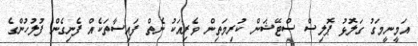
އަމީނީމަގު ގަލޮޅު ޕޮލިސް ސްޓޭޝަން ކުރިމަތިން ވެރިއަކު ނެތް ފައިސާތަކެއް ފެނިގެން ފުލުހުންގެ